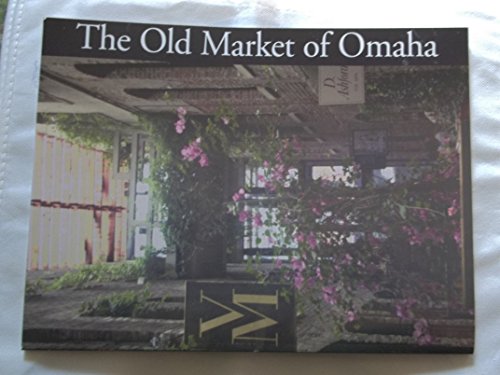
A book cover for The Old Market of Omaha; Samuel Mercer; Travel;